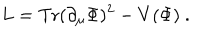
L = \mathrm { T r } ( \partial _ { \mu } \Phi ) ^ { 2 } - V ( \Phi ) \ .